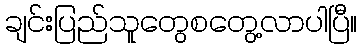
ချင်းပြည်သူတွေစတွေ့လာပါပြီ။